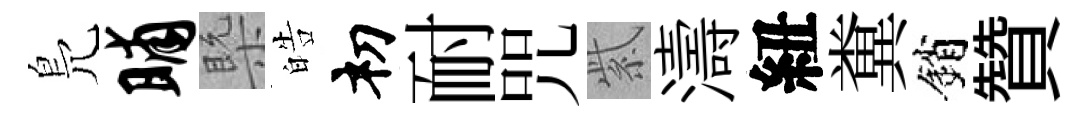
鳬晡槩皓𥘉耐咒紫濤紐糞銷贊